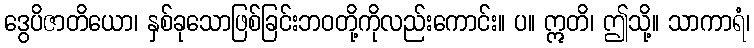
ဒွေပိဇာတိယော၊ နှစ်ခုသောဖြစ်ခြင်းဘဝတို့ကိုလည်းကောင်း။ ပ။ ဣတိ၊ ဤသို့။ သာကာရံ၊